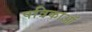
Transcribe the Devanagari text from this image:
पत्रिकाऑं